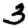
Digit: 3